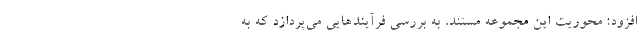
افزود: محوریت این مجموعه مستند، به بررسی فرآیندهایی می‌پردازد که به